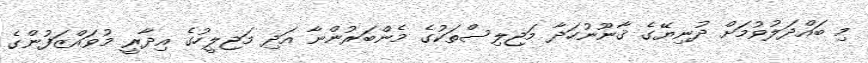
މި ބައްދަލުވުމަށް ދުނިޔޭގެ ޤާނޫނުހަދާ މަޖިލިސްތަކުގެ މެންބަރުންނާ އަދި މަޖިލީހުގެ އިދާރީ މުވައްޒަފުންގެ